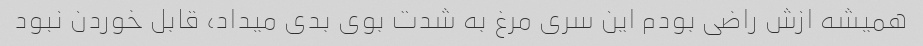
همیشه ازش راضی بودم این سری مرغ به شدت بوی بدی میداد، قابل خوردن نبود